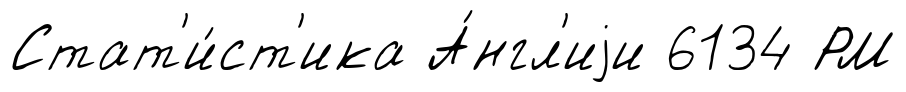
Стат'и́ст'ика А́нгл'иjи 6134 РМ